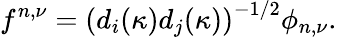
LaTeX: f^{n,\nu}=\left(d_{i}(\kappa)d_{j}(\kappa)\right)^{-1/2}\phi_{n,\nu}.